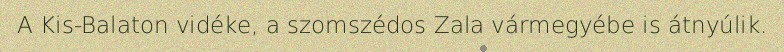
A Kis-Balaton vidéke, a szomszédos Zala vármegyébe is átnyúlik.